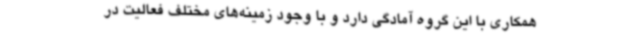
همکاری با این گروه آمادگی دارد و با وجود زمینه‌های مختلف فعالیت در